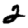
Digit: 2